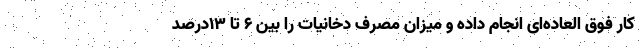
کار فوق العاده‌ای انجام داده و میزان مصرف دخانیات را بین ۶ تا ۱۳درصد